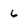
Character: 6